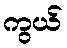
ကွယ်